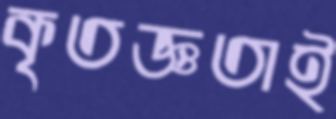
কৃতজ্ঞতাই